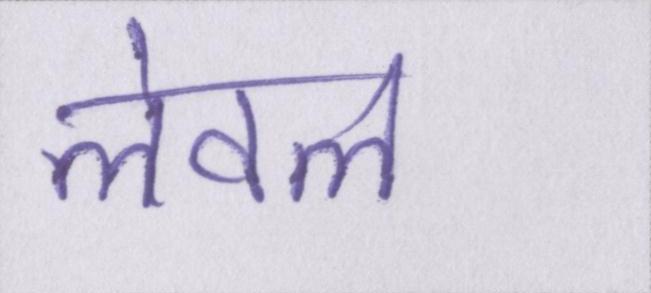
लेवल